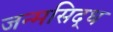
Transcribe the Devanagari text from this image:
जन्‍मसिद्ध